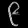
Digit: ၉